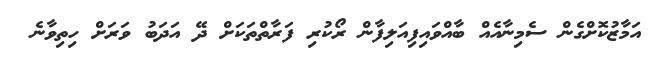
އަމާޒުކޮށްގެން ސެމިނާއެއް ބާއްވައިފިއަލިފާން ރޯކުރި ފަރާތްތަކަށް ދޭ އަދަބު ވަރަށް ހިތިވާނެ